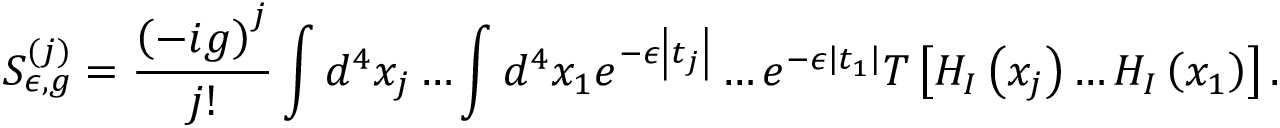
S _ { \epsilon , g } ^ { ( j ) } = \frac { \left( - i g \right) ^ { j } } { j ! } \int d ^ { 4 } x _ { j } \ldots \int d ^ { 4 } x _ { 1 } e ^ { - \epsilon \left| t _ { j } \right| } \ldots e ^ { - \epsilon \left| t _ { 1 } \right| } T \left[ H _ { I } \left( x _ { j } \right) \ldots H _ { I } \left( x _ { 1 } \right) \right] .